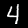
Digit: 4